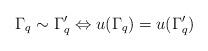
LaTeX: \begin{align*}\Gamma_{q} \sim \Gamma'_{q} \Leftrightarrow u(\Gamma_{q}) =u(\Gamma'_{q}) \end{align*}